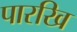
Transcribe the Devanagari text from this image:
पारखि